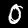
Digit: 0